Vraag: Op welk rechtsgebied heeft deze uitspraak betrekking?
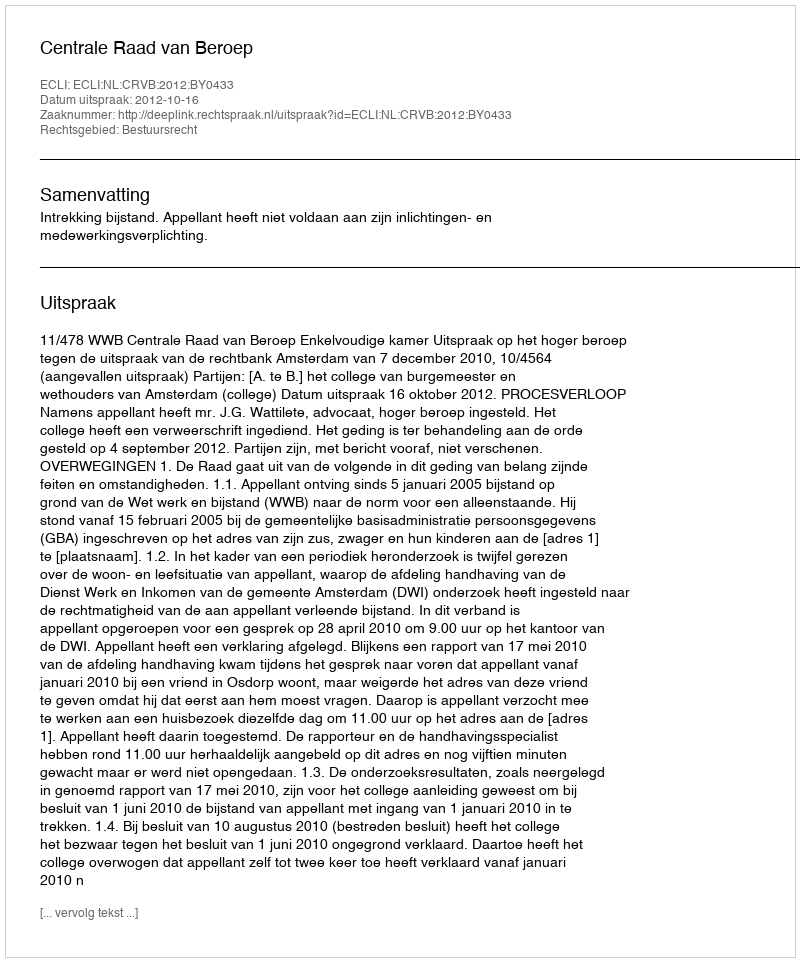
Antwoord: Bestuursrecht